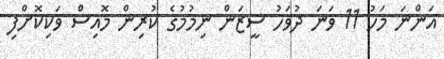
އަންނަ މަހު 11 ވަނަ ދުވަހު ސީޒަން ނިމުމުގެ ކުރިން މޮއިސް ވަކިކޮށްފި